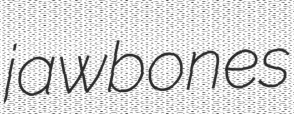
jawbones